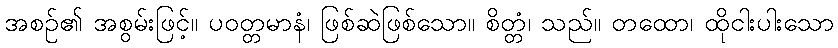
အစဉ်၏ အစွမ်းဖြင့်။ ပဝတ္တမာနံ၊ ဖြစ်ဆဲဖြစ်သော။ စိတ္တံ၊ သည်။ တထော၊ ထိုငါးပါးသော